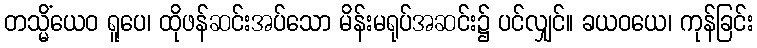
တသ္မိံယေဝ ရူပေ၊ ထိုဖန်ဆင်းအပ်သော မိန်းမရုပ်အဆင်း၌ ပင်လျှင်။ ခယဝယေ၊ ကုန်ခြင်း